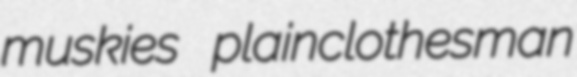
muskies plainclothesman